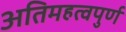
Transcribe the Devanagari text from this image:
अतिमहत्‍वपुर्ण